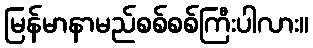
မြန်မာနာမည်စစ်စစ်ကြီးပါလား။